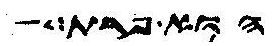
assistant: הוא פרת